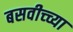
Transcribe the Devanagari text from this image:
बसवीच्च्या